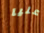
عليا